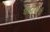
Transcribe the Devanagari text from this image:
घटण्याची